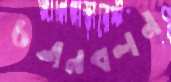
চলনবলন